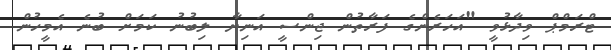
ޓްރަމްޕް ވިދާޅުވީ "އަހަރެންގެ ފަރާތުން ޖިންސީ އަނިޔާ ލިބުނު ކަމަށް ބުނެ އެމީހުން